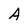
Character: A